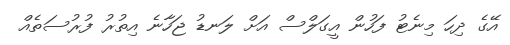
އޭގެ ދިހަ މިނެޓު ފަހުން އީގަލްސް އަށް ލަނޑު ޖަހާނެ އިތުރު ފުރުސަތެއް